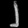
Digit: ၂